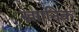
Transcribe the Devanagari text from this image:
ख्राानिक